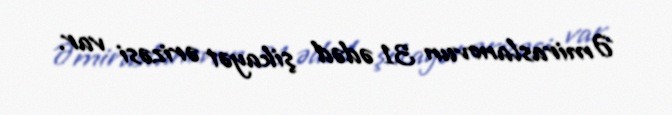
Əmiraslanovun 31 ədəd şikayət ərizəsi var.